Leaving Certificate Examination, 1914
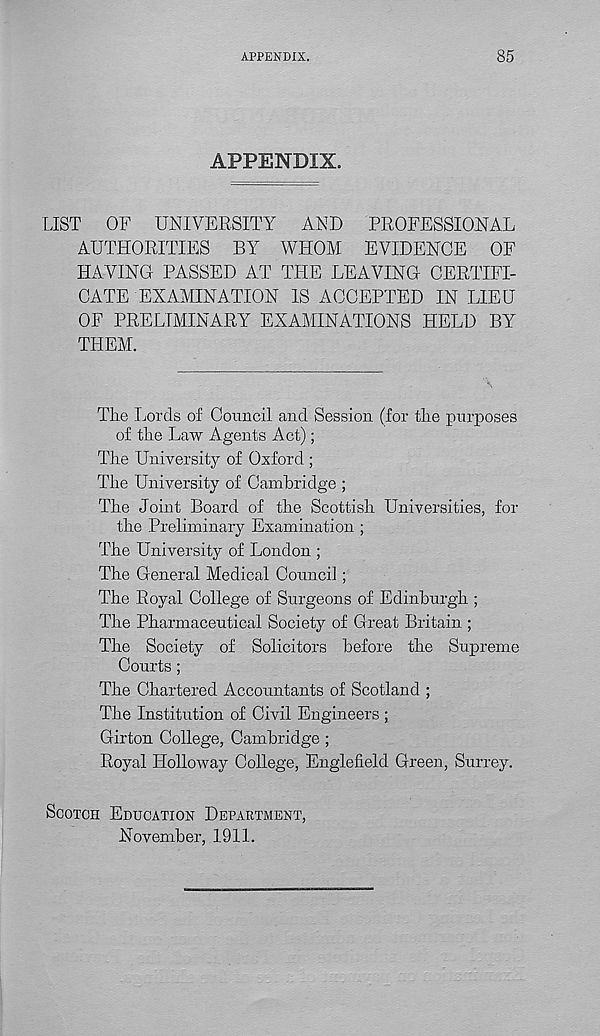
APPENDIX.
85
APPENDIX.
LIST
OF UNIVERSITY
AND
PROFESSIONAL
AUTHORITIES BY WHOM EVIDENCE
OF
HAVING PASSED AT THE LEAVING CERTIFI-
CATE EXAMINATION IS ACCEPTED IN LIEU
OF PRELIMINARY EXAMINATIONS HELD BY
THEM.
The Lords of Council and Session (for the purposes
of the Law Agents Act);
The University of Oxford ;
The University of Cambridge ;
The Joint Board of the Scottish Universities, for
the Preliminary Examination ;
The University of London ;
The General Medical Council;
The Royal College of Surgeons of Edinburgh ;
The Pharmaceutical Society of Great Britain ;
The Society of Solicitors before the Supreme
Courts ;
The Chartered Accountants of Scotland ;
The Institution of Civil Engineers ;
Girton College, Cambridge ;
Royal Holloway College, Englefield Green, Surrey.
Scotch Education Department,
November, 1911.